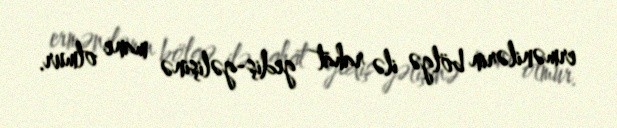
ermənilərin bölgə ilə rahat gediş-gəlişinə mane olmur.